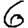
Digit: 6